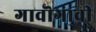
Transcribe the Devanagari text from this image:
गावॊगावी